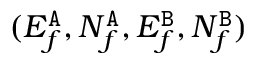
( E _ { f } ^ { { \tt A } } , N _ { f } ^ { { \tt A } } , E _ { f } ^ { { \tt B } } , N _ { f } ^ { { \tt B } } )